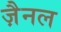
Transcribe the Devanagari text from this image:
ज़ैनल